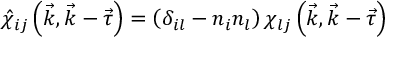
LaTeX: \hat { \chi } _ { i j } \left( \vec { k } , \vec { k } - \vec { \tau } \right) = \left( \delta _ { i l } - n _ { i } n _ { l } \right) \chi _ { l j } \left( \vec { k } , \vec { k } - \vec { \tau } \right)